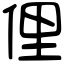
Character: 俚